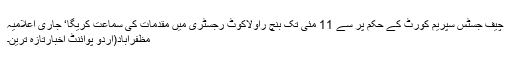
چیف جسٹس سپریم کورٹ کے حکم پر سے 11 مئی تک بنچ راولاکوٹ رجسٹری میں مقدمات کی سماعت کریگا‘ جاری اعلامیہ
مظفرآباد(اُردو پوائنٹ اخبارتازہ ترین۔